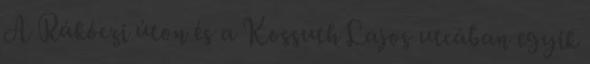
A Rákóczi úton és a Kossuth Lajos utcában egyik